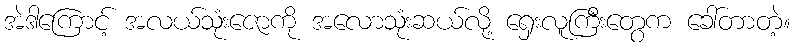
အဲဒါကြောင့် အလယ်သုံးဇောကို အလောသုံးဆယ်လို့ ရှေးလူကြီးတွေက ခေါ်တာတဲ့။